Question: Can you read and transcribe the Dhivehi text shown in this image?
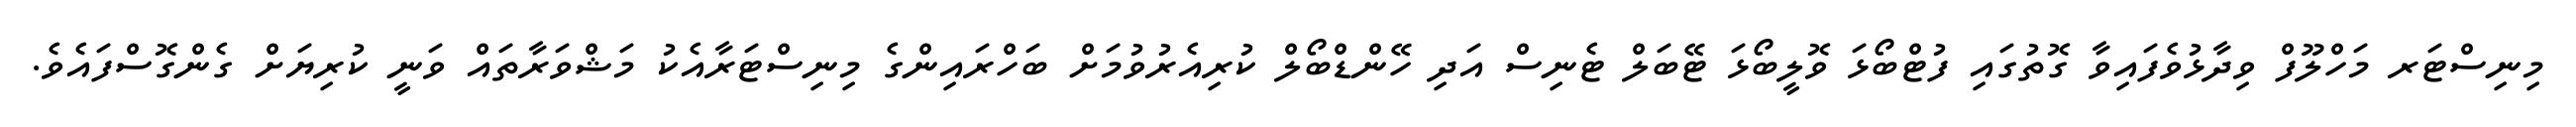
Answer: މިނިސްޓަރ މަހްލޫފް ވިދާޅުވެފައިވާ ގޮތުގައި ފުޓްބޯޅަ ވޮލީބޯޅަ ޓޭބަލް ޓެނިސް އަދި ހޭންޑްބޯލް ކުރިއެރުވުމަށް ބަހްރައިންގެ މިނިސްޓަރާއެކު މަޝްވަރާތައް ވަނީ ކުރިޔަށް ގެންގޮސްފައެވެ.